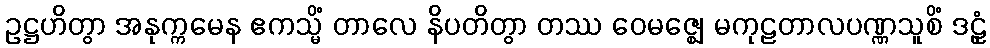
ဥဋ္ဌဟိတွာ အနုက္ကမေန ဧကသ္မိံ တာလေ နိပတိတွာ တဿ ဝေမဇ္ဈေ မကုဠတာလပဏ္ဏသူစိံ ဒဠှံ